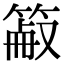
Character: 䈛